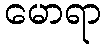
မောရာ